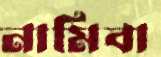
নামিবা